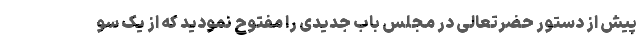
پیش از دستور حضرتعالی در مجلس باب جدیدی را مفتوح نمودید که از یک سو